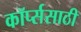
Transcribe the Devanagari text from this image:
कॉर्प्ससाठी